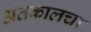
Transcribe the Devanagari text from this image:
अंतकालचा